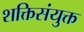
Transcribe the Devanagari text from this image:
शक्तिसंयुक्त